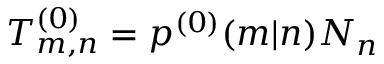
\begin{array} { r } { T _ { m , n } ^ { ( 0 ) } = p ^ { ( 0 ) } ( m | n ) N _ { n } } \end{array}